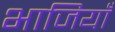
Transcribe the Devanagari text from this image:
भाजियाँ